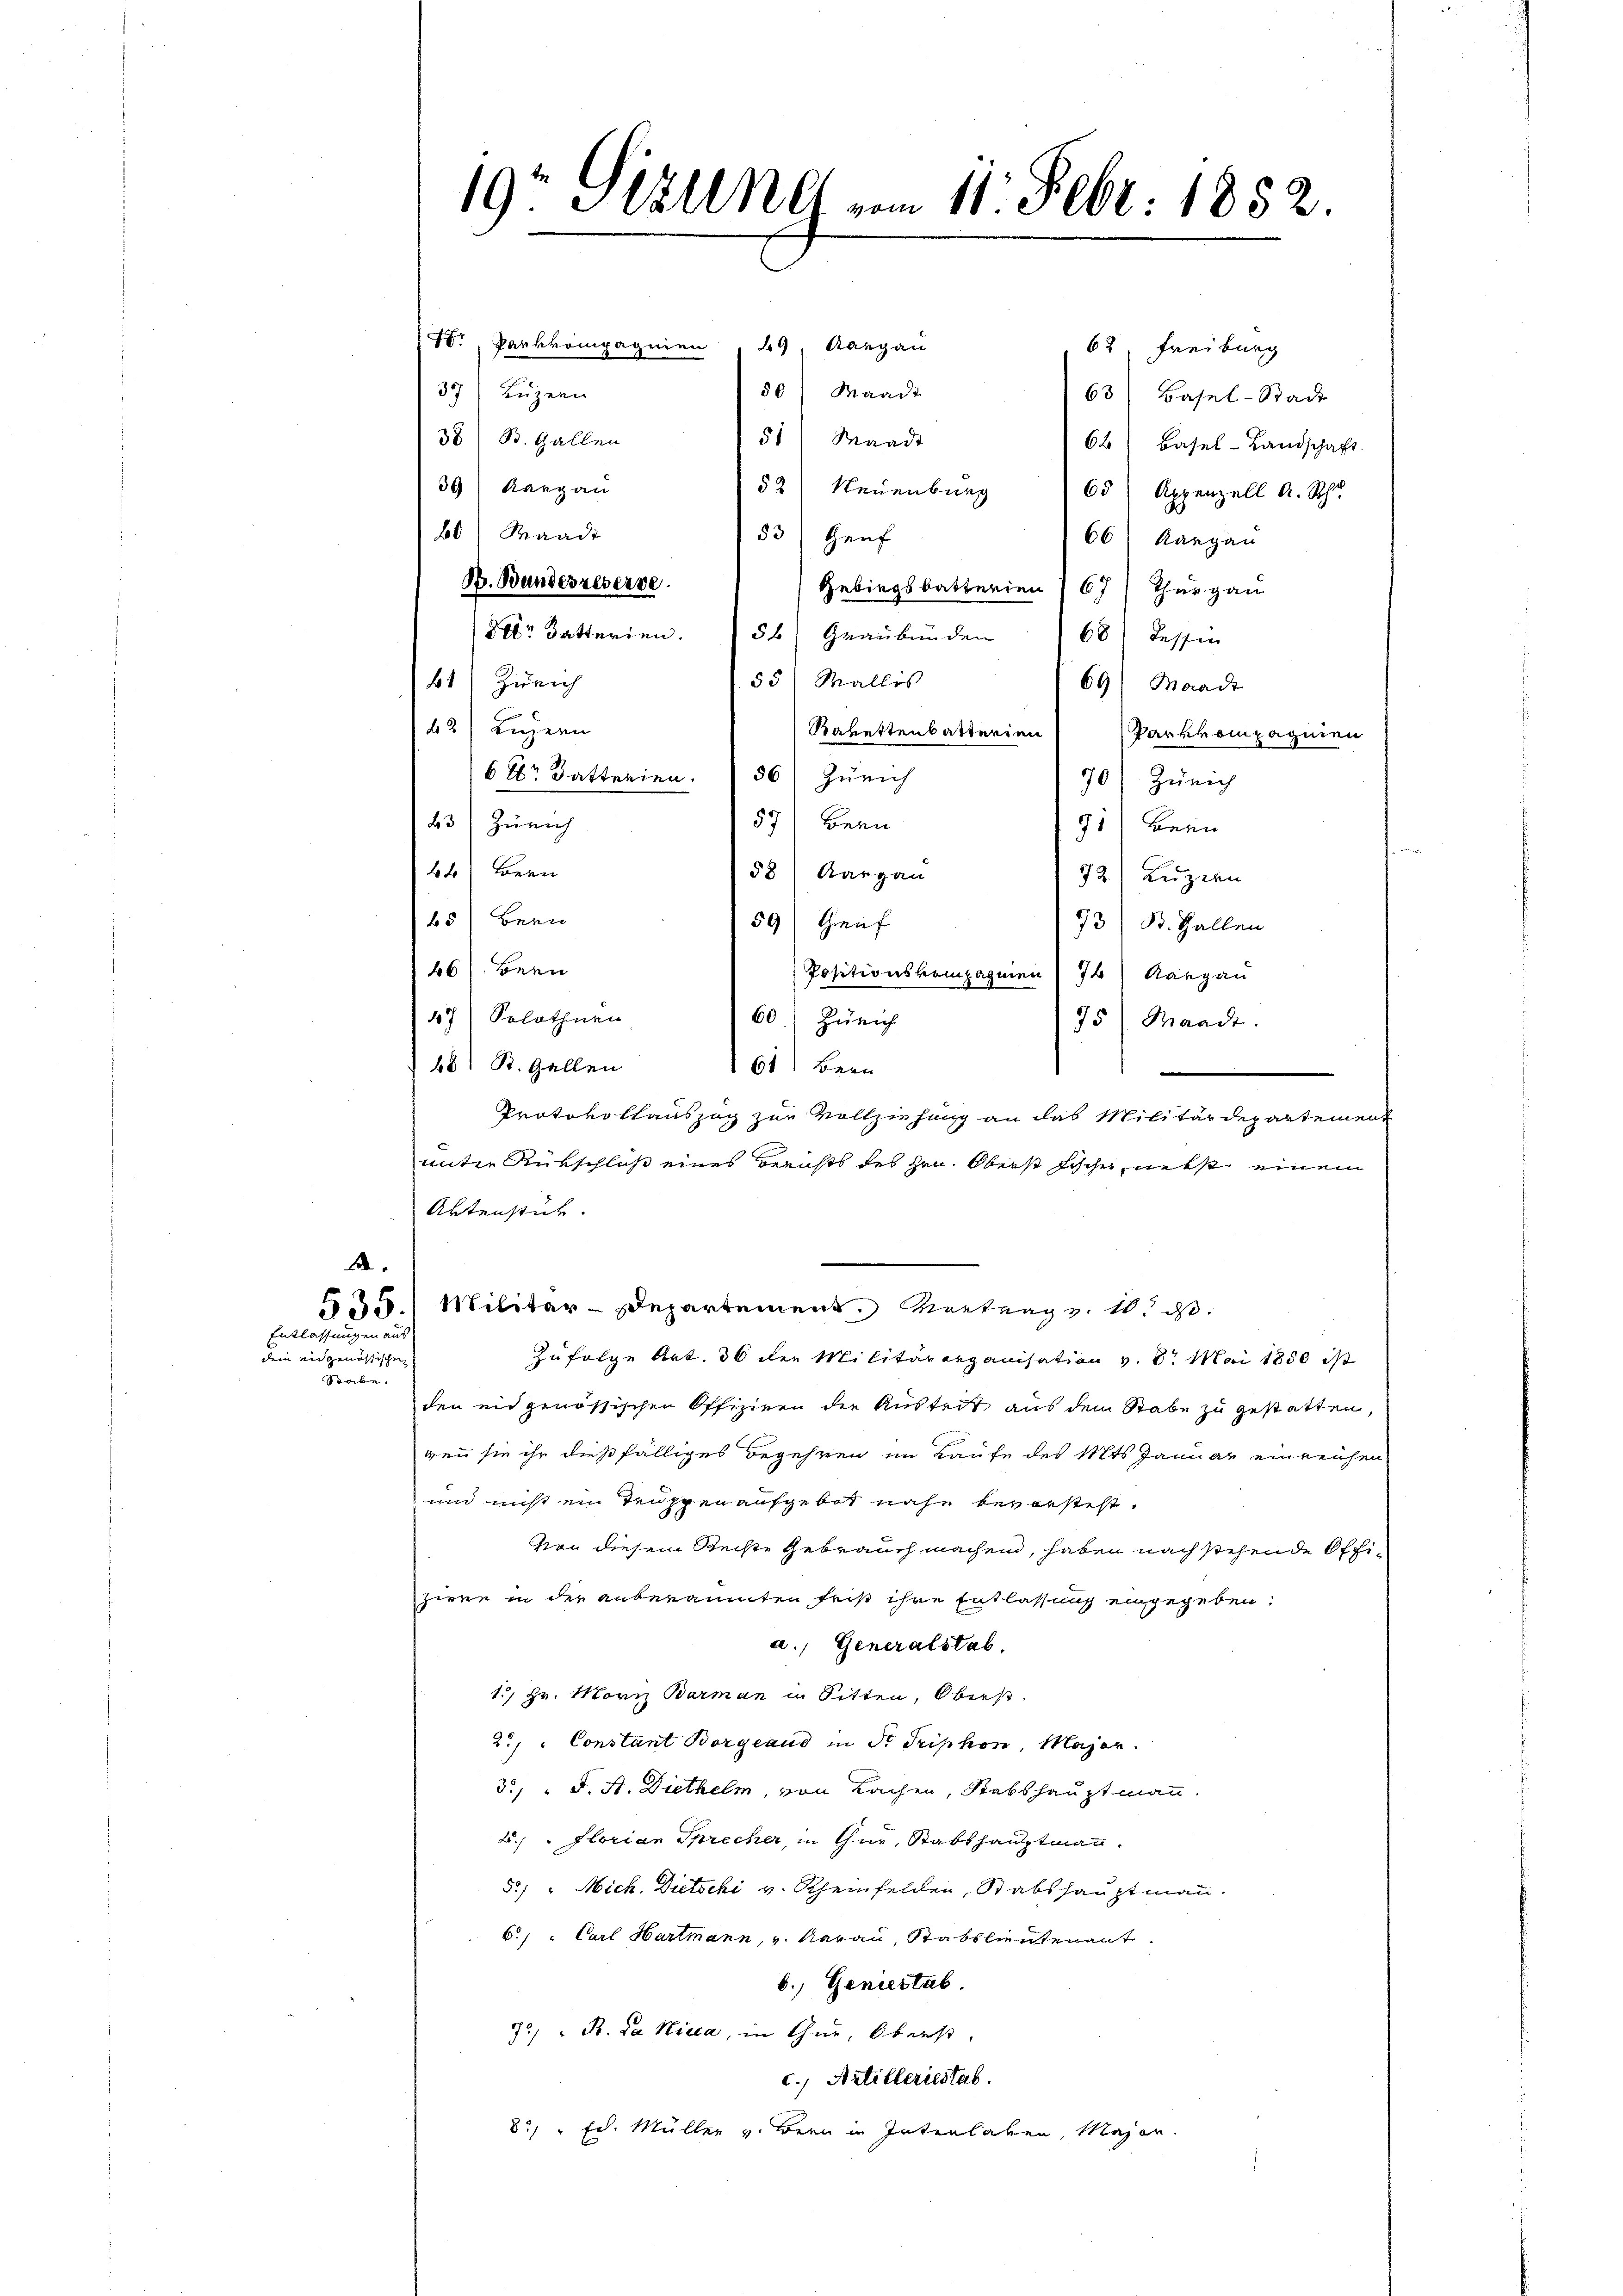
. Parkkompagnien
29, Aargau
62. Freiburg
50 Waadt
37) Luzern
63) Basel-Stadt
38) S. Gallen
51) Waadt
64 (Basel-Landschaft
39) Rang an
52) Neuenburg 165) Appenzell A. Schr
60) Waadt
53 Heuf
66) Aargau
B. Bundesreverse
Gebiegsbatterien ) 67) Thurgau
80r Datterien. 156) Graubünden 68) Tessin
55) Wallis
41) Zürich
69) Waadt
142) Luzern
Rabettenbatterien Parkrompagnien
6 Xr Katterien. (56) Zürich
70) Zürich
57) Bern
143) Zürich
91) Bern
b Bern
58) Aargau
72) Luzern
65) Bern
59 (Genf
73/ B. Hallen
46) Bern
Positionskompagnien (76) Aargau
47) Solothurn
60) Zürich
75) Waadt.
68) R. Gallen
61) Bern
.
Protokollauszug zur Vollziehung an das Militärdepartement
unter Rückschluß eines Berichts des Hrn. Oberst Fischer, nebst einem
Aktenstück.
A
535.) Militär-Departement. Vortrag v. 10. d.
Entlassungen aus
Zufolge Art. 36 der Militärorganisation v. 8. Mai 1850 ist
dem eidgenössischen
Stabe.
den eidgenössischen Offiziren die Austrit aus dem Stabe zu gestatten,
gen sie ihr dießfälliges Begehren im Kaufe des Mts. Januar einreichen
un nicht ein Truppen aufgebot nahe beversteht.
von diesem Rechte Gebrauch machend, haben nach stehende Offiziere in der anberaumten Frist ihre Entlassung eingegeben:
a. Generalstab.
13) Hr. Mornz Barman in Sitten, Oberst
2, Constant Borgeaud in St. Triphon, Major.
3. " J. A. Diethelm, von Sachen, Stabshauptmann.
2. " Florian Sprecher, in thur, Stabshauptmann.
52) " Mich. Dietschi v. Rheinfelden, Stabshauptmann.
6. " Carl Hartmann, v. Aarau, Stabsleutenant
b. Geniestab.
3/ B. da Nicca, in thue, Oberst,
c., Artilleriestab.
831 " Ed. Müller v. Bern in Intenlaben, Magen.

19 Stundt vom 11. Febr. 1852.